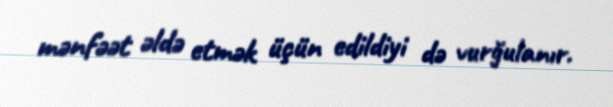
mənfəət əldə etmək üçün edildiyi də vurğulanır.